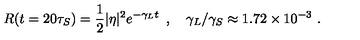
R ( t = 2 0 \tau _ { S } ) = { \frac { 1 } { 2 } } | \eta | ^ { 2 } e ^ { - \gamma _ { L } t } \enspace , \quad \gamma _ { L } / \gamma _ { S } \approx 1 . 7 2 \times 1 0 ^ { - 3 } \ .